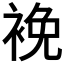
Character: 𧚇